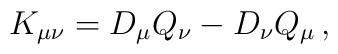
K_{\mu\nu} = D_{\mu}Q_{\nu} - D_{\nu}Q_{\mu}\,,